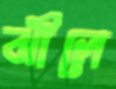
ঝীলে